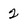
Character: 2